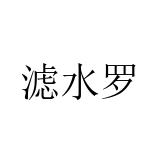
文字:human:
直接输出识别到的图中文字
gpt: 滤水罗